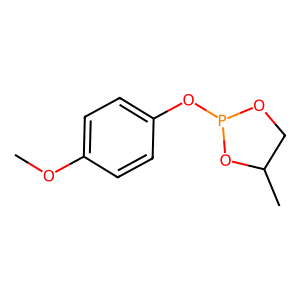
SMILES: COc1ccc(OP2OCC(C)O2)cc1
Inhibits HIV replication: No